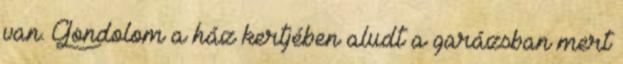
van. Gondolom a ház kertjében aludt a garázsban mert